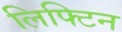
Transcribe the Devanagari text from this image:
लिफ्टिन